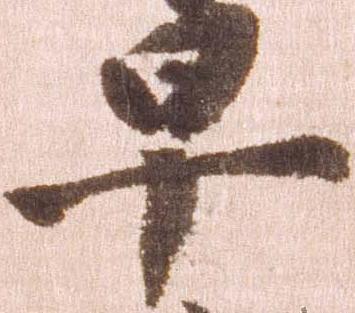
早